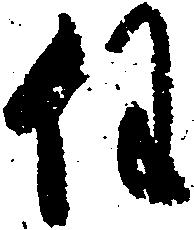
任